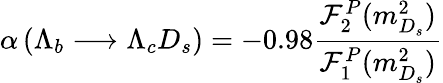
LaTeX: \alpha\left(\Lambda_{b}\longrightarrow\Lambda_{c}D_{s}\right)=-0.98\frac{{\cal F}_{2}^{P}(m_{D_{s}}^{2})}{{\cal F}_{1}^{P}(m_{D_{s}}^{2})}